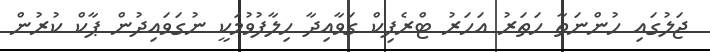
ޖަލުގައި ހުންނަތާ ހަތަރު އަހަރު ޓްރެފިކް ގަވާއިދާ ހިލާފުވުމަކީ ނުގަވައިދުން ޕާކް ކުރުން